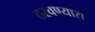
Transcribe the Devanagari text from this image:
ठरवण्यास